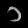
Digit: ၁